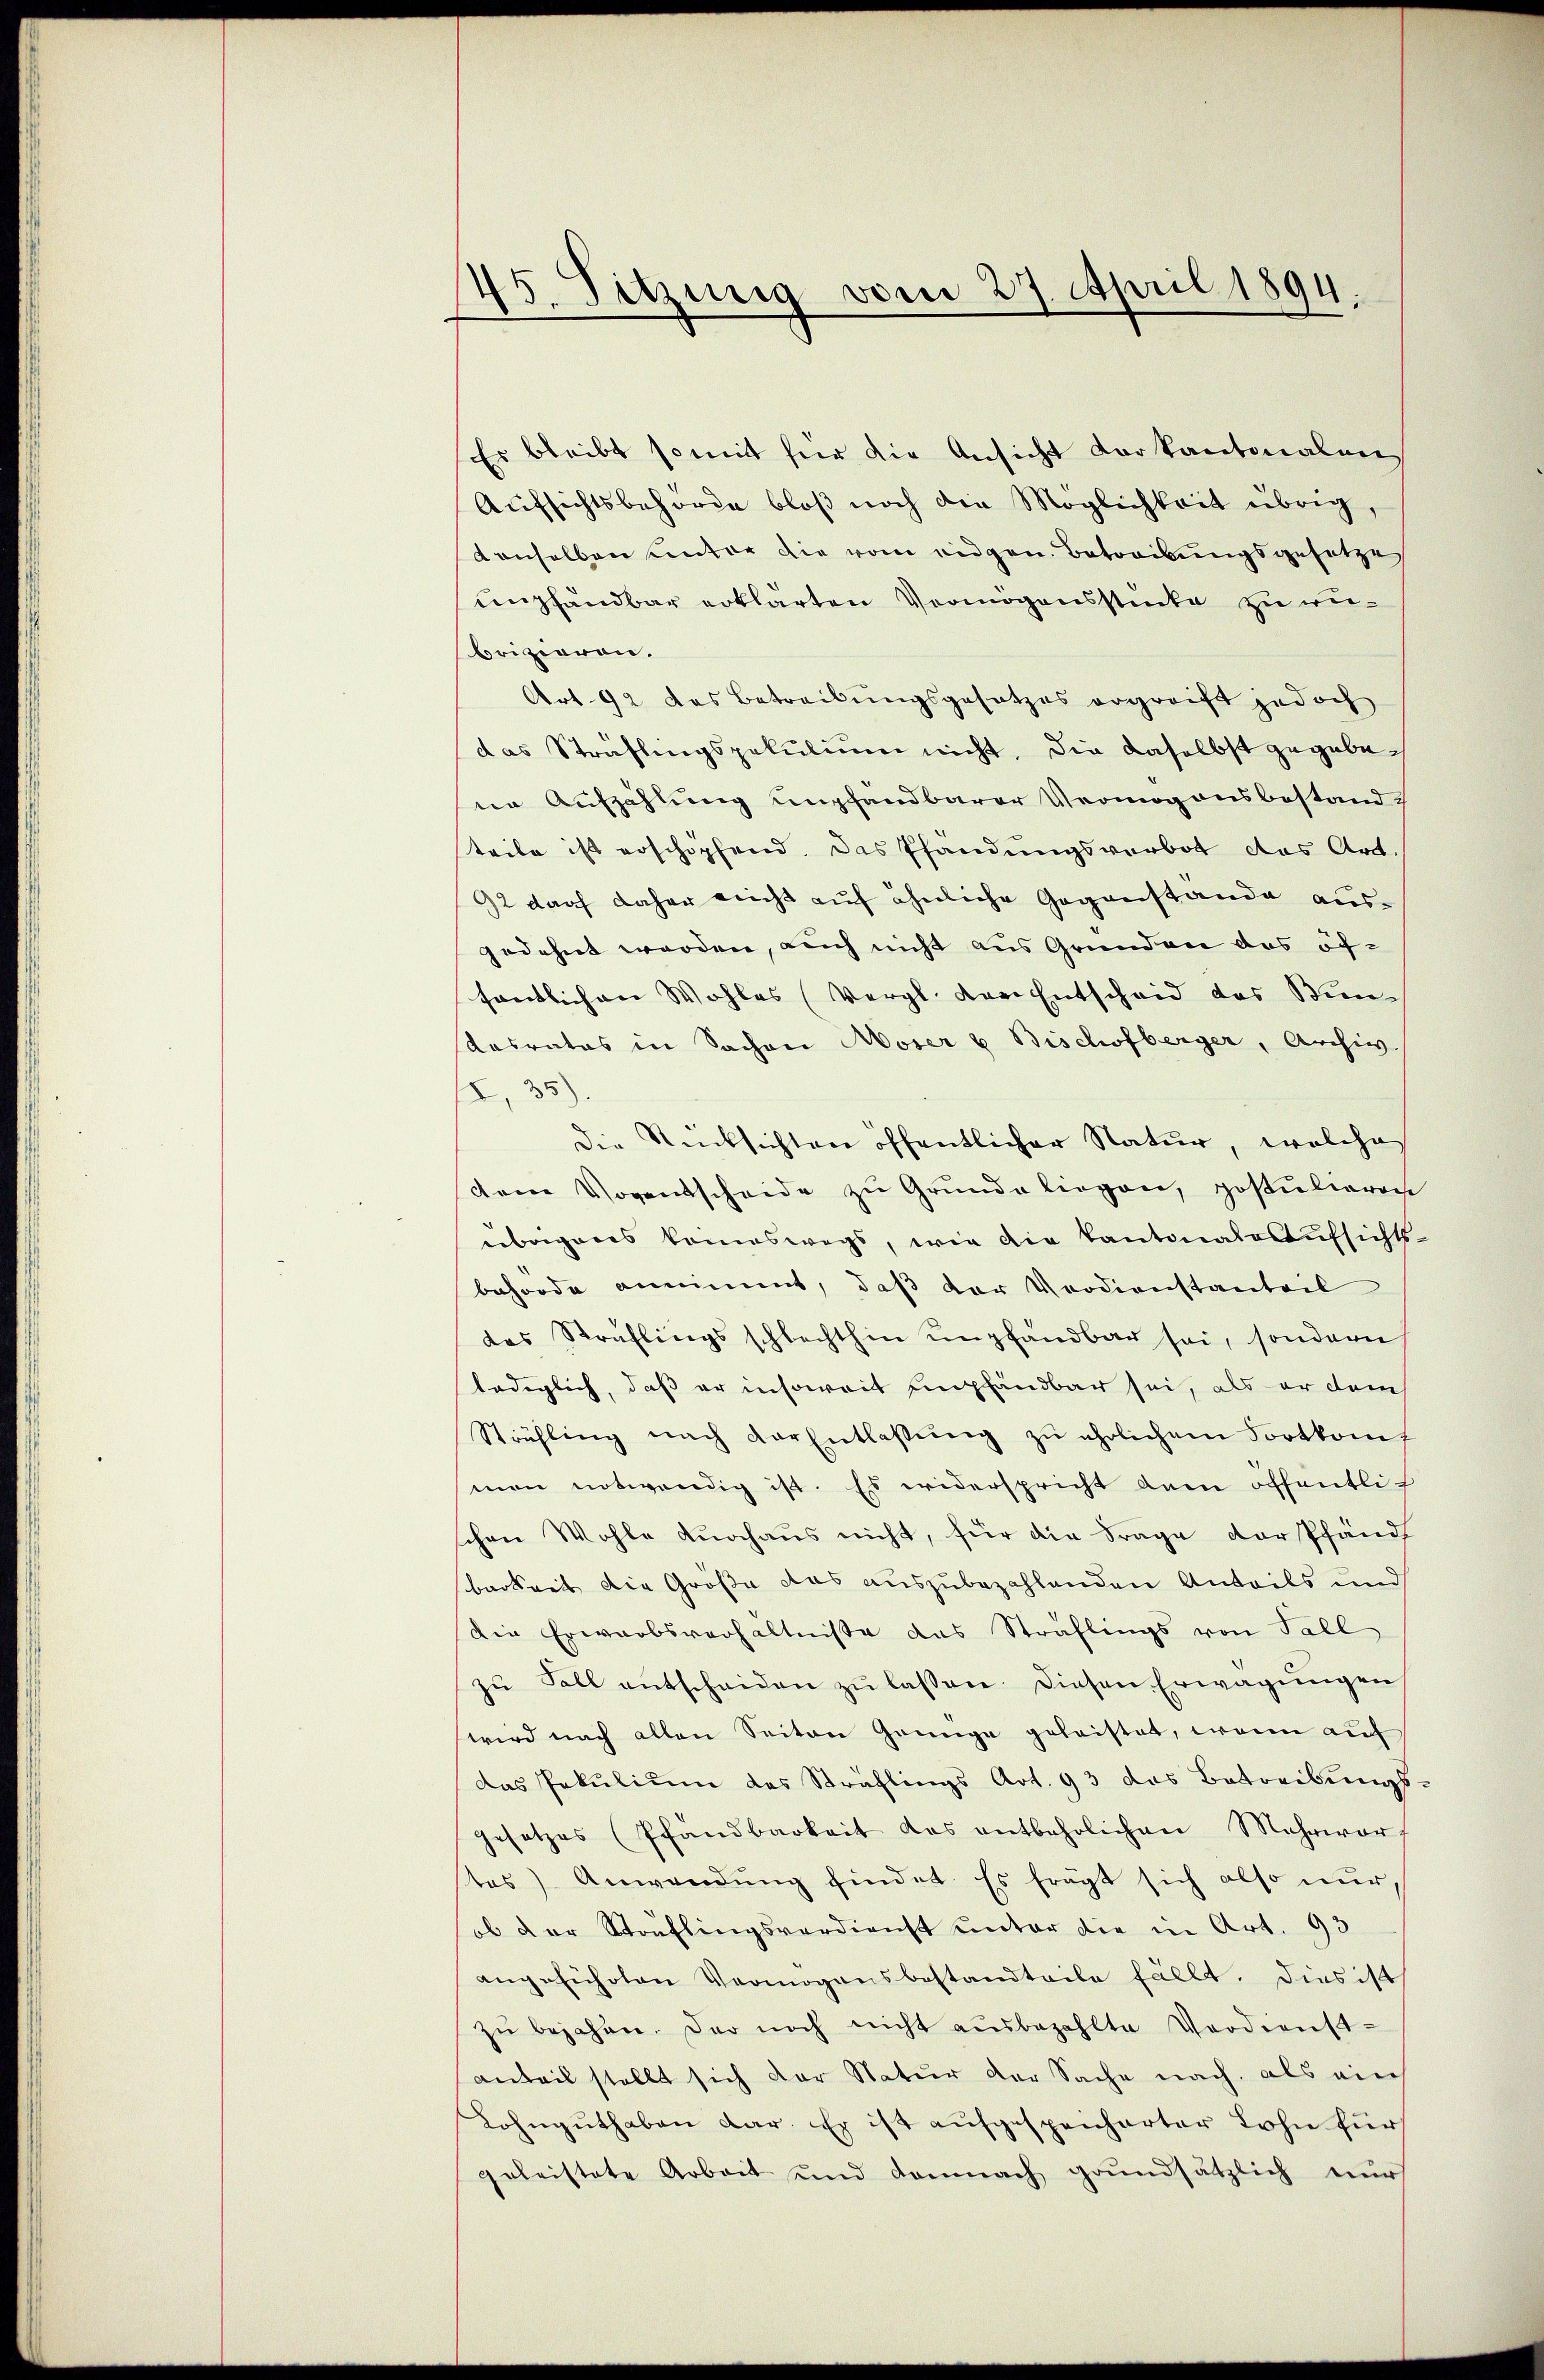
e
Sitzung vom 27. April 1894.

Er bleibt somit für die Ansicht vor kantonalen
Aufsichtsbehörde bloß noch die Möglichkeit übrig,
denselben unter die vom eidgen. Betreibungsgesetzes
unpfandbar erklärten Vermögensstücke zu wibrizieren.
Art. 92 das Betreibungsgesetzes ergreift jedoch
das Sträflingspekulium nicht, die daselbst gegebene Aufzählung empfandbarer Vermögensbestand
teile ist erschöpfend. Das Pfandungsverbot das Art.
2 darf daher nicht auf ähnliche Gegenstande ausgedehnt werden, auch nicht aus Grunden das öf-
sentlichen Wohles (Vergl. der Entscheid das Sen¬
Kasrates in Sachen Moser u. Bischofberger, Archiv
, 35).
die Rücksichten öffentlicher Natur, welches
dene Vorentscheide zu Grunde liegen, postielerose
übrigenes kommeswegs, wie die Kantonale Aufsichts-
behörde annimmt, daß der Verdienstanteil
des Sträflingsschlechthin empfandbar sei, sondern
lediglich, daß er insoweit empfandbar sei, als er dem
Strühling nach der Entlassŭng zŭ ehrlichem Fortkomf
man notwendig ist. Es widerspricht dem öffentlich
chen Wohle durchaus nicht, für die Frage der Pfand
barkeit die Größe das auszubezahlenden Anteils und
Die Erwarbsverhältnisse das Sträflings von Fall
zŭ Soll entscheiden zŭ lassen. Diesen Erwägŭngen
wird nach allen Seiten Grünge geleistet, wenn auf
das Pekulium des Sträflings Art. 93 das Betreibungs
Gesetzes (Pfandbarkeit das entbehrlichen Mehrwor
tes) Anwendŭng findet. Es frägt sich also nur,
ob der Sträflingsverdienst unter die in Art. 93
angeführten Vermögensbestandteile fällt. Dies ist
zŭ bejahen. Der noch nicht ausbezahlte Verdienst-
anteil stellt sich der Natur der Sache nach, als ein
Lohngŭthaben dar. Er ist aufgespeicharter Lohn für
geleistete Arbeit und demnach grundsätzlich nur